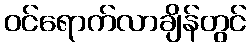
ဝင်ရောက်လာချိန်တွင်